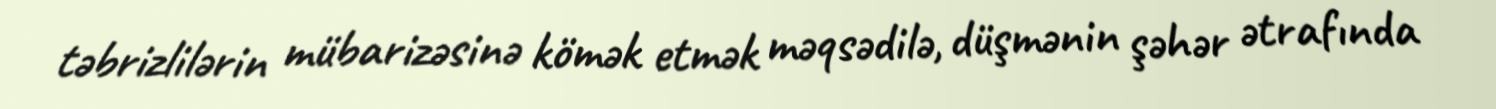
təbrizlilərin mübarizəsinə kömək etmək məqsədilə, düşmənin şəhər ətrafında